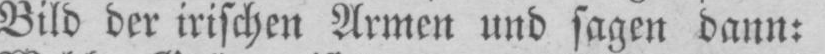
Bild der irischen Armen und sagen dann: